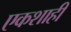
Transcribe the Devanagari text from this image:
एकशाही